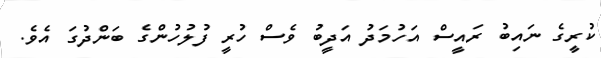
ކުރީގެ ނައިބު ރައީސް އަހުމަދު އަދީބު ވެސް ހުރީ ފުލުހުންގެ ބަންދުގަ އެވެ.